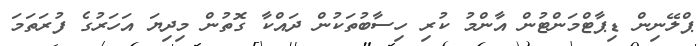
ޕްލޭނިން ޑިޕާޓްމަންޓުން އާންމު ކުރި ހިސާބުތަކުން ދައްކާ ގޮތުން މިދިޔަ އަހަރުގެ ފުރަތަމަ